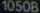
1050B